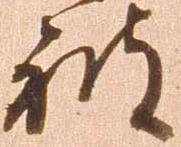
被